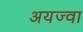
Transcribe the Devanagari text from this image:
अयज्वा